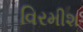
વિરમીશ